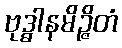
ဗုဒ္ဓါနမိဉ္ဇိတံ